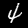
Label: 4